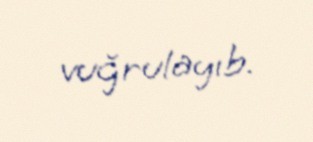
vuğrulayıb.